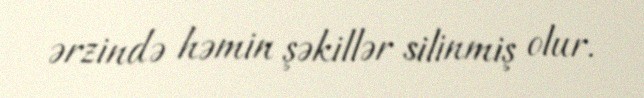
ərzində həmin şəkillər silinmiş olur.